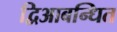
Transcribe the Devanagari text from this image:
द्विआबन्धित